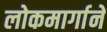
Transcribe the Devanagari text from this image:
लोकमार्गाने